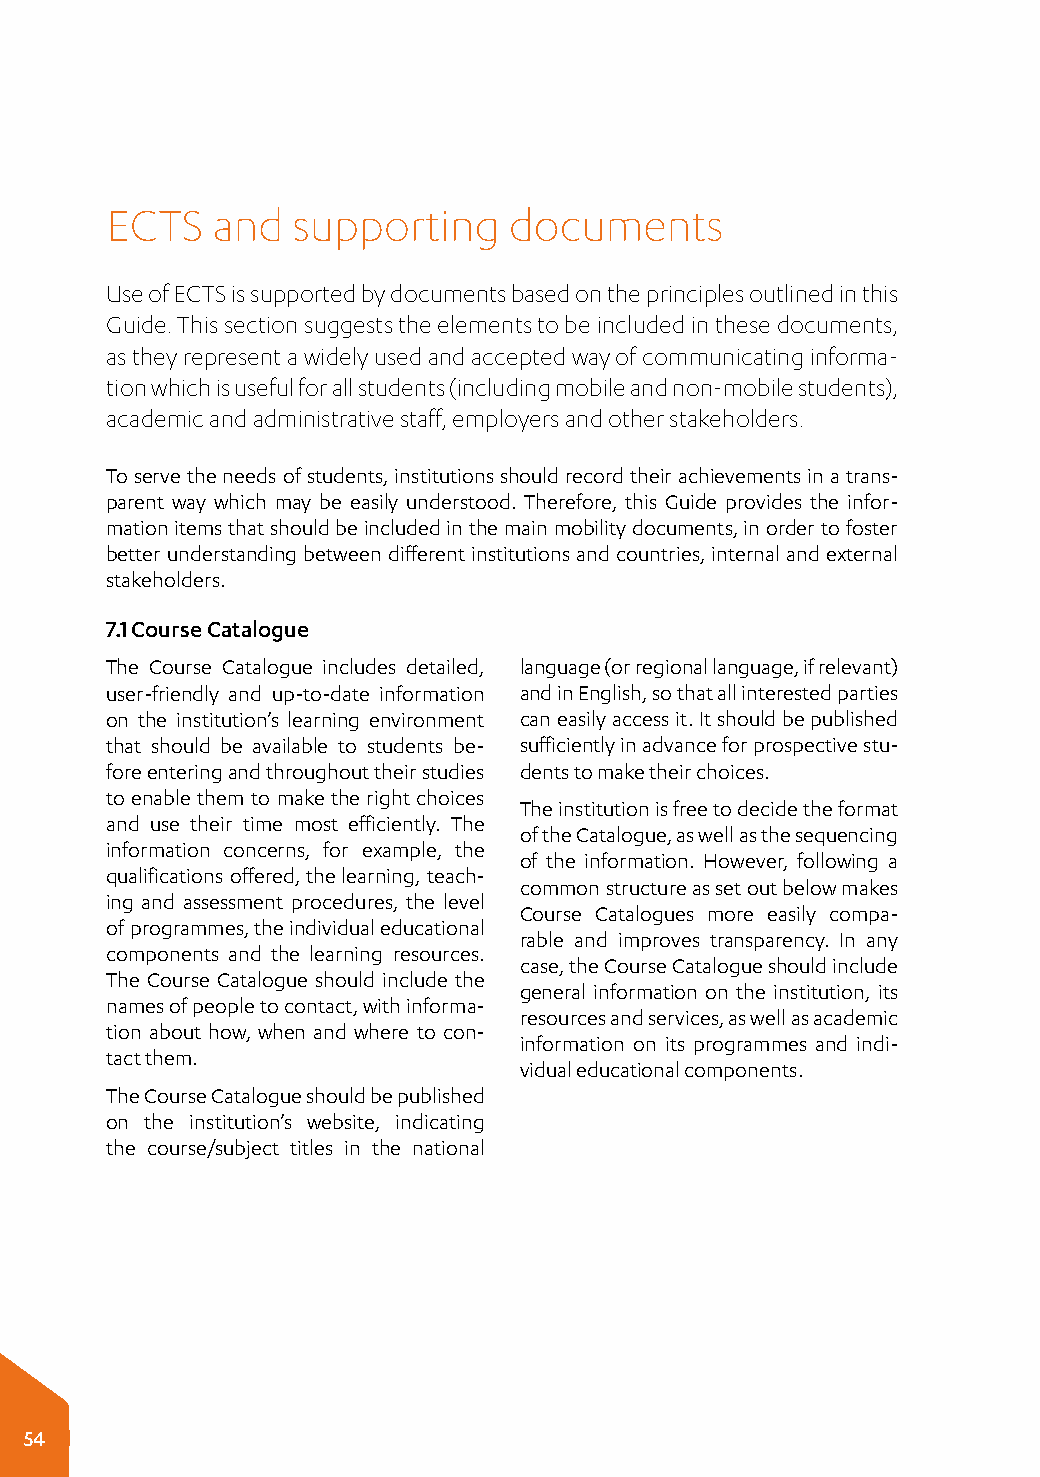
ECTS   and  supporting     documents
 Use of ECTS is supported by documents based on the principles outlined in this
 Guide. This section suggests the elements to be included in these documents,
 as they represent a widely used and accepted way of communicating informa­
 tion which is useful for all students (including mobile and non-mobile students),
 academic and administrative staff, employers and other stakeholders.
 To serve the needs of students, institutions should record their achievements in a trans­
 parent way which may be easily understood. Therefore, this Guide provides the infor­
 mation items that should be included in the main mobility documents, in order to foster
 better understanding between different institutions and countries, internal and external
 stakeholders.
 7.1 Course Catalogue
 The Course Catalogue includes detailed, language (or regional language, if relevant)
 user-friendly and up-to-date information and in English, so that all interested parties
 on the institution’s learning environment can easily access it. It should be published
 that should be available to students be- sufficiently in advance for prospective stu­
 fore entering and throughout their studies dents to make their choices.
 to enable them to make the right choices
 The institution is free to decide the format
 and use their time most efficiently. The
 of the Catalogue, as well as the sequencing
 information concerns, for example, the
 of the information. However, following a
 qualifications offered, the learning, teach­
 common structure as set out below makes
 ing and assessment procedures, the level
 Course Catalogues more easily compa­
 of programmes, the individual educational
 rable and improves transparency. In any
 components and the learning resources.
 case, the Course Catalogue should include
 The Course Catalogue should include the
 general information on the institution, its
 names of people to contact, with informa­
 resources and services, as well as academic
 tion about how, when and where to con­
 information on its programmes and indi­
 tact them.
 vidual educational components.
 The Course Catalogue should be published
 on the institution’s website, indicating
 the course/subject titles in the national
 54